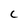
Character: C